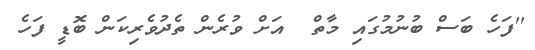
''ފަހެ ބަސް ބުނުމުގައި މާތް  އަށް ވުރެން ތެދުވެރިކަން ބޮޑީ ފަހެ